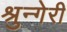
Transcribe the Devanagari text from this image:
श्रुन्गेरी